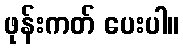
ဖုန်းကတ် ပေးပါ။